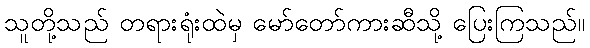
သူတို့သည် တရားရုံးထဲမှ မော်တော်ကားဆီသို့ ပြေးကြသည်။